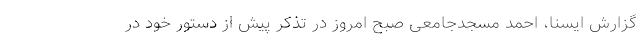
گزارش ایسنا، احمد مسجدجامعی صبح امروز در تذکر پیش از دستور خود در